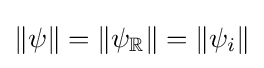
\|\psi \|=\left\|\psi _{\mathbb {R} }\right\|=\left\|\psi _{i}\right\|